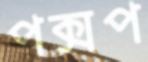
পক্সপ